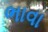
ભાવા